Reports on dispensaries and lunatic asylums in the Province of Oudh - 1869-1876
Year: 1869
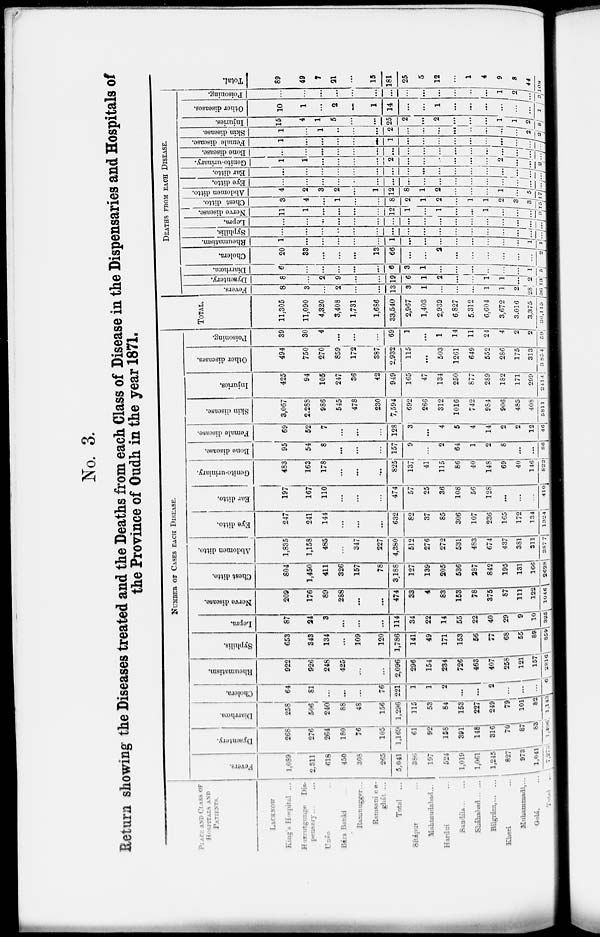
No. 3.
Return showing the Diseases treated and the Deaths from each Class of Disease in the Dispensaries and Hospitals of
the Province of Oudh in the year 1871.
PLACE AND CLASS OF
HOSPITALS AND
PATIENTS.
LACKNOW
King's Hospital ...
Huzrutgunge
Dis-
pensary.. ...
Unáo ...
Bára Banki
Ramnagger...
Ramsani e e-
ghát ...
Total
...
Sítápur ...
Mahmudabad...
Hardui ...
Sandíla ..
Sháhabad ... ...
Bilgrám, ... ...
Kheri ...
Muhammadí,...
Golá, ...
Total
...
NUMBER OF CASES EACH DISEASE.
Fevers.
1,089
2,311
618
450
308
265
5,041
386
197
524
1,019
1,061
1,245
827
973
1,041
7,273
Dysentery.
268
276
264
180
76
105
1,169
61
92
158
391
148
316
70
87
83
1,406
Diarrhœa.
258
506
240
88
48
156
1,296
115
53
84
153
227
249
79
101
82
1,143
Cholera.
64
81
...
...
...
76
221
1
1
2
...
...
2
...
. . .
..
6
Rheumatism.
922
926
248
425
...
...
2,096
296
154
234
726
463
407
258
121
157
2816
Syphilis.
653
343
134
...
109
120
1,786
141
49
171
153
56
77
68
55
89
859
Lepra.
87
24
3
...
...
...
114
34
22
14
55
22
40
29
9
10
325
Nerve disease.
209
176
89
288
...
...
474
33
4
83
153
78
375
87
111
122
1046
Chest ditto.
804
1,450
411
326
157
78
3,188
127
139
205
536
287
842
195
131
166
2628
Abdomen ditto.
1,835
1,158
485
...
347
227
4,380
512
276
272
531
483
674
437
381
311
387 7
Eye ditto.
247
241
144
...
...
...
632
82
37
85
306
107
236
165
172
134
1324
Ear ditto.
197
167
110
...
...
...
474
57
25
36
108
56
128
...
...
...
410
Genito-uriniary.
483
163
178
...
...
...
825
137
41
115
86
40
148
69
40
146
822
Bone disease.
95
54
8
...
...
...
157
9
...
2
64
1
2
8
...
...
86
Female disease.
69
52
7
...
...
...
128
3
...
4
5
4
14
2
2
12
46
Skin disease.
3,067
2,288
986
545
478
230
7,594
692
266
312
1016
742
984
906
485
408
5811
Injuries.
425
94
105
247
36
42
949
165
47
134
250
877
289
182
171
299
2414
Other diseases.
494
750
270
859
172
387
2,932
115
...
503
1261
649
552
286
175
313
3854
Poisoning.
39
30
4
...
...
...
69
1
...
1
14
11
24
4
2
2
59
TOTAL.
11,305
11,090
4,320
3,408
1,731
1,686
33,540
2,967
1,403
2,939
6,827
5,312
6,604
3,672
3,016
3,375
36,115
DEATHS FROM EACH DISEASE.
Fevers.
8
3
...
2
...
...
13
3
1
...
...
...
1
1
2
28
36
Dysentery.
8
...
2
9
...
...
19
6
1
2
...
...
1
1
...
2
13
Diarrhoea.
6
...
...
...
...
...
6
3
1
...
...
...
...
...
...
1
5
Cholera.
20
33
...
...
...
13
66
...
...
2
...
...
...
...
...
...
2
Rheumatism.
1
...
...
...
...
...
1
...
...
...
...
...
...
...
...
1
1
Syphilis.
...
....
...
..
..
...
...
...
...
...
...
...
...
...
...
...
...
Lepra.
...
...
...
...
...
...
...
...
...
...
...
...
1
...
...
...
...
Nerve disease.
11
1
...
...
...
...
12
1
...
1
...
...
1
...
...
...
3
Chest ditto.
3
4
...
1
...
...
8
2
1
2
...
1
1
2
3
3
15
Abdomen ditto.
4
2
3
2
...
1
12
8
1
2
...
...
...
1
...
...
17
Eye ditto.
...
...
...
...
..
...
...
...
...
...
...
...
...
...
...
...
...
Ear ditto.
...
...
...
...
...
...
...
...
...
...
...
...
...
...
...
...
...
Genito-urinary.
1
1
...
...
...
...
2
...
...
...
...
...
...
2
...
...
2
Bone disease.
...
...
...
...
...
...
...
...
...
...
...
...
...
...
...
...
...
Female disease.
1
...
...
...
...
...
1
...
...
...
...
...
...
...
...
...
...
Skin disease.
1
...
1
...
...
...
2
...
...
...
...
...
...
...
...
2
2
Injuries.
15
4
1
5
...
...
25
2
...
2
...
...
...
1
1
2
8
Other diseases.
10
1
...
2
...
1
14
...
...
1
...
...
...
...
...
...
1
Poisoning.
...
...
...
...
...
...
...
...
...
...
...
...
...
1
2
...
3
Total.
89
49
7
21
...
15
181
25
5
12
...
1
4
9
8
44
108